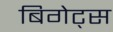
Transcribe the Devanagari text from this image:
बिगेट्स